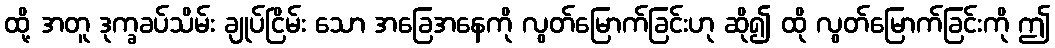
ထို့ အတူ ဒုက္ခခပ်သိမ်း ချုပ်ငြိမ်း သော အခြေအနေကို လွတ်မြောက်ခြင်းဟု ဆို၍ ထို လွတ်မြောက်ခြင်းကို ဤ